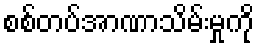
စစ်တပ်အာဏာသိမ်းမှုကို